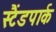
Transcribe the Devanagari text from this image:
स्टैंडपार्क